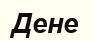
Дене